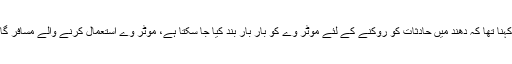
ترجمان موٹر وے کا مزید کہنا تھا کہ دھند میں حادثات کو روکنے کے لئے موٹر وے کو بار بار بند کیا جا سکتا ہے، موٹر وے استعمال کرنے والے مسافر گاڑیوں لائٹس درست رکھیں۔